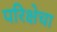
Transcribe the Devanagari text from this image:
परिक्षेचा